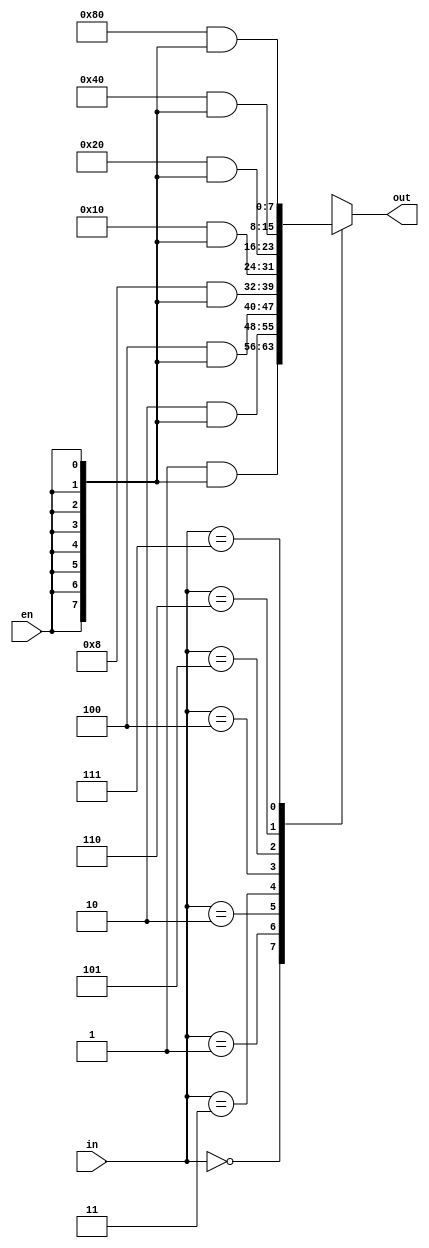
module bit_3_decoder(input [2:0] in, input en, output reg [7:0] out);
	always @(*) begin
		case (in)
			3'b000: out = 8'b00000001 & {8{en}};
			3'b001: out = 8'b00000010 & {8{en}};
			3'b010: out = 8'b00000100 & {8{en}};
			3'b011: out = 8'b00001000 & {8{en}};
			3'b100: out = 8'b00010000 & {8{en}};
			3'b101: out = 8'b00100000 & {8{en}};
			3'b110: out = 8'b01000000 & {8{en}};
			3'b111: out = 8'b10000000 & {8{en}};
			default: out = 8'b00000001 & {8{en}};
		endcase
	end
endmodule

module bit_2_decoder(input [1:0] in, input en, output reg [3:0] out);
	always @(*) begin
		case (in)
			2'b00: out = 4'b0001 & {4{en}};
			2'b01: out = 4'b0010 & {4{en}};
			2'b10: out = 4'b0100 & {4{en}};
			2'b11: out = 4'b1000 & {4{en}};
			default: out = 4'b0001 & {4{en}};
		endcase
	end
endmodule

module bit_4_decoder(input [3:0] in, input en, output [15:0] out);
	wire [3:0] out_1;
	
	bit_2_decoder decoder_1(.in(in[3:2]), .en(en), .out(out_1));
	bit_2_decoder decoder_2_0(.in(in[1:0]), .en(out_1[0]), .out(out[3:0]));
	bit_2_decoder decoder_2_1(.in(in[1:0]), .en(out_1[1]), .out(out[7:4]));
	bit_2_decoder decoder_2_2(.in(in[1:0]), .en(out_1[2]), .out(out[11:8]));
	bit_2_decoder decoder_2_3(.in(in[1:0]), .en(out_1[3]), .out(out[15:12]));
endmodule


module bit_7_decoder(input [6:0] in, input en, output [127:0] out);
	wire [7:0] out_1;

	bit_3_decoder decoder_1(.in(in[6:4]), .en(en), .out(out_1));
	
	bit_4_decoder decoder_2_0(.in(in[3:0]), .en(out_1[0]), .out(out[15:0]));
	bit_4_decoder decoder_2_1(.in(in[3:0]), .en(out_1[1]), .out(out[31:16]));
	bit_4_decoder decoder_2_2(.in(in[3:0]), .en(out_1[2]), .out(out[47:32]));
	bit_4_decoder decoder_2_3(.in(in[3:0]), .en(out_1[3]), .out(out[63:48]));
	bit_4_decoder decoder_2_4(.in(in[3:0]), .en(out_1[4]), .out(out[79:64]));
	bit_4_decoder decoder_2_5(.in(in[3:0]), .en(out_1[5]), .out(out[95:80]));
	bit_4_decoder decoder_2_6(.in(in[3:0]), .en(out_1[6]), .out(out[111:96]));
	bit_4_decoder decoder_2_7(.in(in[3:0]), .en(out_1[7]), .out(out[127:112]));
endmodule